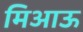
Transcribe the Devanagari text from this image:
मिआऊ